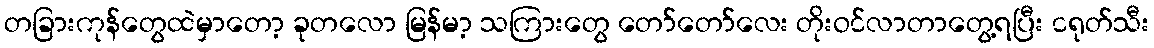
တခြားကုန်တွေထဲမှာတော့ ခုတလော မြန်မာ့ သကြားတွေ တော်တော်လေး တိုးဝင်လာတာတွေ့ရပြီး ငရုတ်သီး